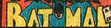
BAT MAN